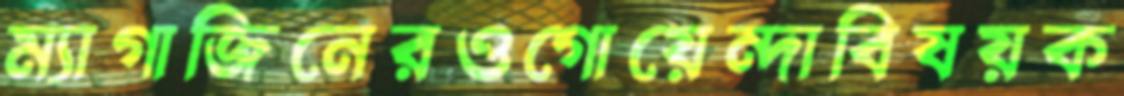
ম্যাগাজিনেরওগোয়েন্দাবিষয়ক